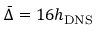
\bar { \Delta } = 1 6 { h _ { \mathrm { { D N S } } } }